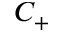
C _ { + }